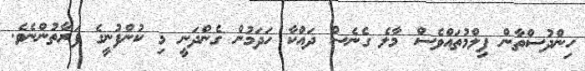
ހިންދުސްތާން ފިލްމުތައްވެސް މާލެ ގެނެސް ދައްކާ ހަދަމުން ގެންދަނީ މި ކުންފުނީގެ ފަރާތުންނެވެ.